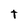
Character: t